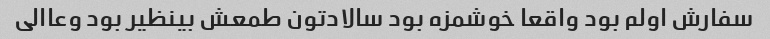
سفارش اولم بود واقعا خوشمزه بود سالادتون طمعش بینظیر بود وعاالی